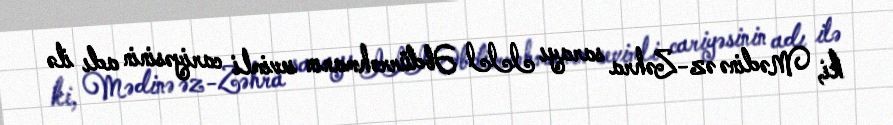
ki, Mədinə əz-Zəhra sarayı III Əbdürrəhmanın sevimli cariyəsinin adı ilə